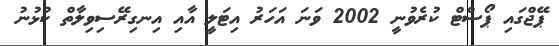
ޕޭޖްގައި ޕޯސްޓް ކުރެވުނީ 2002 ވަނަ އަހަރު އިޓަލީ އާއި އިނގިރޭސިވިލާތް ކުޅުނު